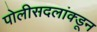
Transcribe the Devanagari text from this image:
पोलीसदलांक्डून